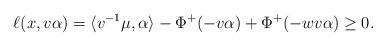
LaTeX: \begin{align*}\ell(x,v\alpha) = \langle v^{-1}\mu,\alpha\rangle - \Phi^+(-v\alpha) + \Phi^+(-wv\alpha)\geq 0.\end{align*}